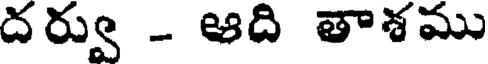
దర్వు - ఆది తాశము